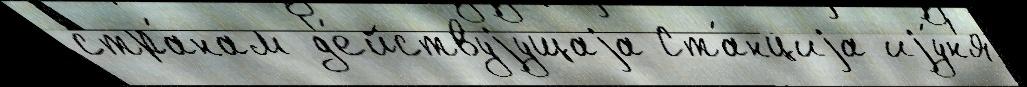
стра́нам д'е́йствуjущаjа Ста́нциjа иjу́н'я